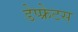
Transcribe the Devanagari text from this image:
डेप्फ्रेटस